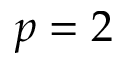
p = 2